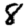
Digit: 8